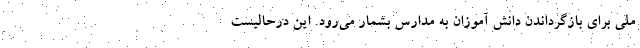
ملی برای بازگرداندن دانش آموزان به مدارس بشمار می‌رود. این درحالیست